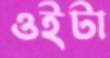
ওইটা